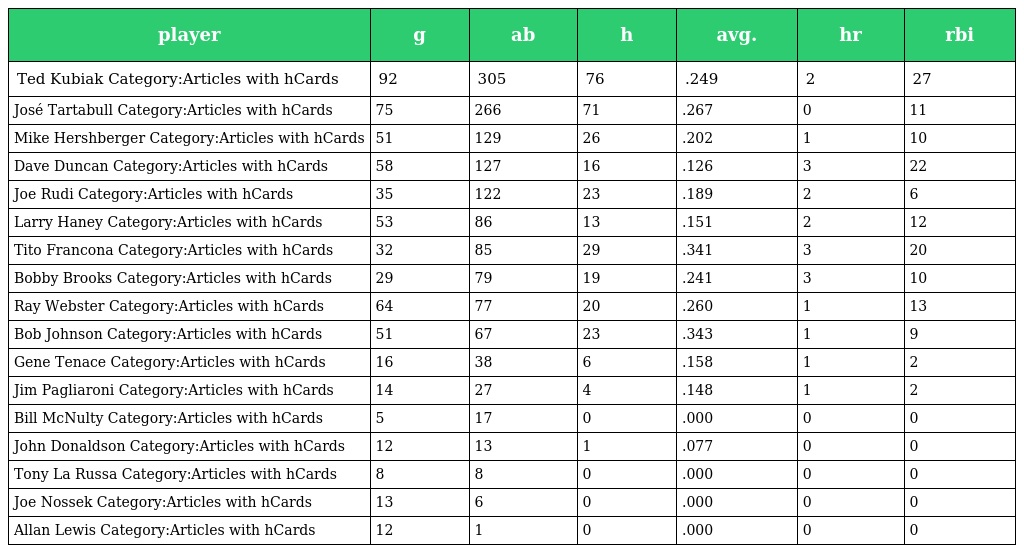
| player | g | ab | h | avg. | hr | rbi |
 | --- | --- | --- | --- | --- | --- | --- |
 | Ted Kubiak Category:Articles with hCards | 92 | 305 | 76 | .249 | 2 | 27 |
 | José Tartabull Category:Articles with hCards | 75 | 266 | 71 | .267 | 0 | 11 |
 | Mike Hershberger Category:Articles with hCards | 51 | 129 | 26 | .202 | 1 | 10 |
 | Dave Duncan Category:Articles with hCards | 58 | 127 | 16 | .126 | 3 | 22 |
 | Joe Rudi Category:Articles with hCards | 35 | 122 | 23 | .189 | 2 | 6 |
 | Larry Haney Category:Articles with hCards | 53 | 86 | 13 | .151 | 2 | 12 |
 | Tito Francona Category:Articles with hCards | 32 | 85 | 29 | .341 | 3 | 20 |
 | Bobby Brooks Category:Articles with hCards | 29 | 79 | 19 | .241 | 3 | 10 |
 | Ray Webster Category:Articles with hCards | 64 | 77 | 20 | .260 | 1 | 13 |
 | Bob Johnson Category:Articles with hCards | 51 | 67 | 23 | .343 | 1 | 9 |
 | Gene Tenace Category:Articles with hCards | 16 | 38 | 6 | .158 | 1 | 2 |
 | Jim Pagliaroni Category:Articles with hCards | 14 | 27 | 4 | .148 | 1 | 2 |
 | Bill McNulty Category:Articles with hCards | 5 | 17 | 0 | .000 | 0 | 0 |
 | John Donaldson Category:Articles with hCards | 12 | 13 | 1 | .077 | 0 | 0 |
 | Tony La Russa Category:Articles with hCards | 8 | 8 | 0 | .000 | 0 | 0 |
 | Joe Nossek Category:Articles with hCards | 13 | 6 | 0 | .000 | 0 | 0 |
 | Allan Lewis Category:Articles with hCards | 12 | 1 | 0 | .000 | 0 | 0 |